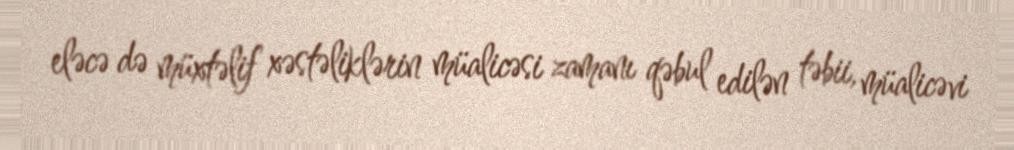
eləcə də müxtəlif xəstəliklərin müalicəsi zamanı qəbul edilən təbii, müalicəvi